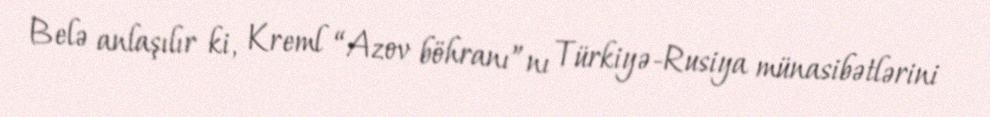
Belə anlaşılır ki, Kreml “Azov böhranı”nı Türkiyə-Rusiya münasibətlərini